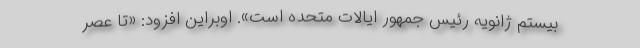
بیستم ژانویه رئیس جمهور ایالات متحده است». اوبراین افزود: «تا عصر